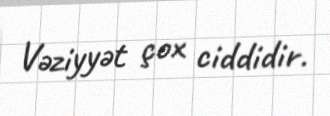
Vəziyyət çox ciddidir.